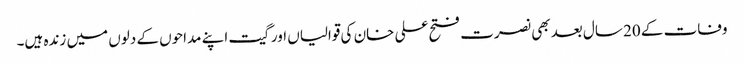
وفات کے 20 سال بعد بھی نصرت فتح علی خان کی قوالیاں اور گیت اپنے مداحوں کے دلوں میں زندہ ہیں۔